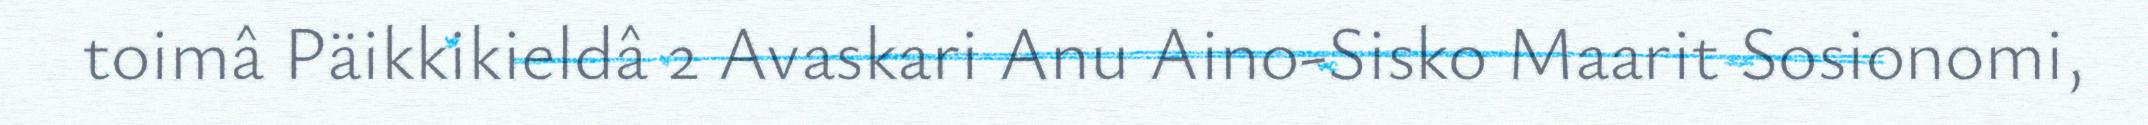
toimâ Päikkikieldâ 2 Avaskari Anu Aino-Sisko Maarit Sosionomi,